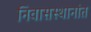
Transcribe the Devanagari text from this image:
निवासस्थानांत